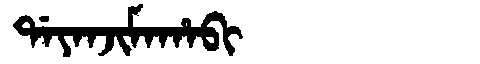
Manchu: ᡩᠠᠶᠠᠨᠵᡳᠮᠠᡥᠠᠪᡳ
Romanization: DAYANJIMAHABI